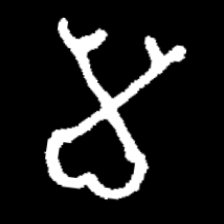
Pyu character \u2014 Myanmar letter: မ (romanized: ma)